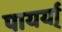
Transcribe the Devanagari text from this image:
पायर्या्